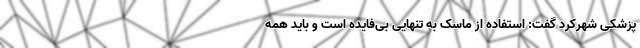
‌پزشکی شهرکرد گفت: استفاده از ماسک به تنهایی بی‌فایده است و باید همه